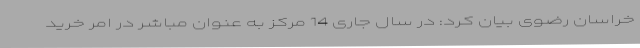
خراسان رضوی بیان کرد: در سال جاری 14 مرکز به عنوان مباشر در امر خرید